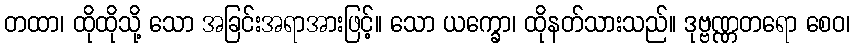
တထာ၊ ထိုထိုသို့ သော အခြင်းအရာအားဖြင့်။ သော ယက္ခော၊ ထိုနတ်သားသည်။ ဒုဗ္ဗဏ္ဏတရော စေဝ၊